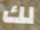
لك